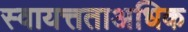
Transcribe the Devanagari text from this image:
स्वायत्तताअधिक